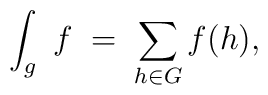
\int_g \; f \; = \; \sum_{h \in G} f(h),